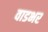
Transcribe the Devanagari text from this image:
वाडभर